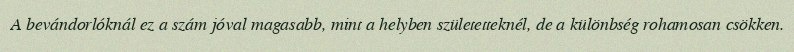
A bevándorlóknál ez a szám jóval magasabb, mint a helyben születetteknél, de a különbség rohamosan csökken.